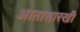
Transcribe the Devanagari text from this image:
आतासारखी